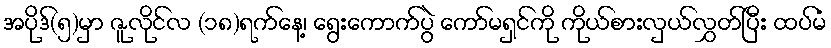
အပိုဒ်(၅)မှာ ဇူလိုင်လ (၁၈)ရက်နေ့၊ ရွေးကောက်ပွဲ ကော်မရှင်ကို ကိုယ်စားလှယ်လွှတ်ပြီး ထပ်မံ